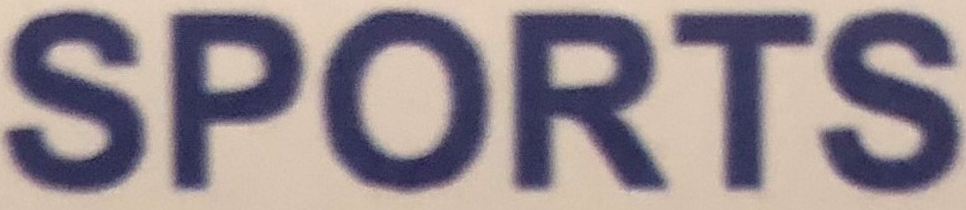
SPORTS